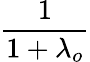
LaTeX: \frac{1}{1+\lambda_{o}}